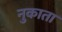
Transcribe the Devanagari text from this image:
नुकाता